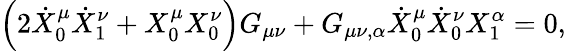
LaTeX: \left(2\dot{X}_{0}^{\mu}\dot{X}_{1}^{\nu}+X_{0}^{\mu}X_{0}^{\nu}\right)G_{\mu\nu}+G_{\mu\nu,\alpha}\dot{X}_{0}^{\mu}\dot{X}_{0}^{\nu}X_{1}^{\alpha}=0,